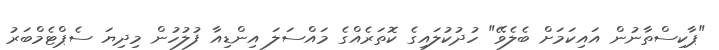
"ޕާކިސްތާނުން އައިކަމަށް ބެލެވޭ" ހުދުކުލައިގެ ކޮތަރެއްގެ މައްސަލަ އިންޑިއާ ފުލުހުން މިދިޔަ ސެޕްޓެމްބަރު